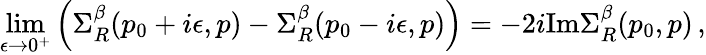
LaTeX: \operatorname*{lim}_{\epsilon\to 0^{+}}\left(\Sigma_{R}^{\beta}(p_{0}+i\epsilon,p)-\Sigma_{R}^{\beta}(p_{0}-i\epsilon,p)\right)=-2i\mathrm{Im}\Sigma_{R}^{\beta}(p_{0},p)\, ,